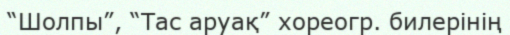
“Шолпы”, “Тас аруақ” хореогр. билерінің